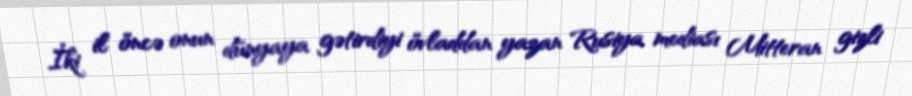
İki il öncə onun dünyaya gətirdiyi övladdan yazan Rusiya mediası Mitteran gizli